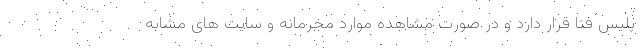
پلیس فتا قرار دارد و در صورت مشاهده موارد مجرمانه و سایت های مشابه